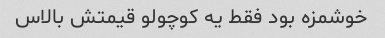
خوشمزه بود فقط یه کوچولو قیمتش بالاس